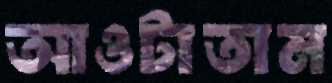
আওটাতাম